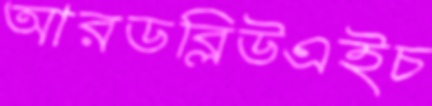
আরডব্লিউএইচ